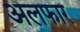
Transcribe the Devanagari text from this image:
अलफार